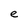
Character: e